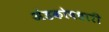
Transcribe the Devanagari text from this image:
अंडकोषधारी